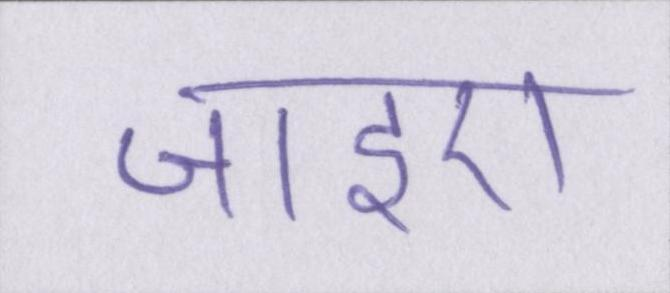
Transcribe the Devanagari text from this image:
जाइए